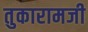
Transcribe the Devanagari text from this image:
तुकारामजी